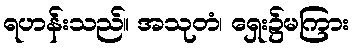
ရဟန်းသည်။ အသုတံ၊ ရှေး၌မကြား